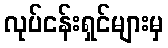
လုပ်ငန်းရှင်များမှ